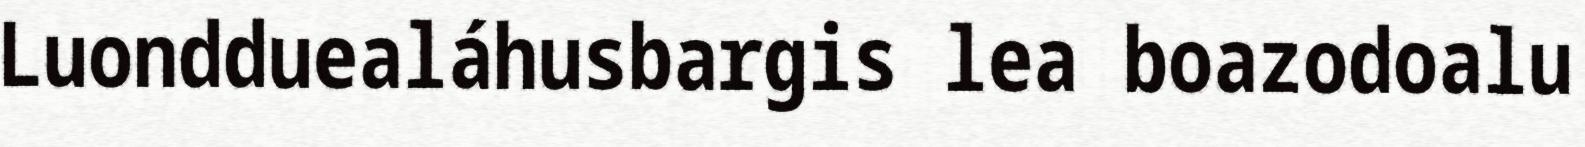
Luondduealáhusbargis lea boazodoalu